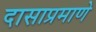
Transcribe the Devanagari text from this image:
दासाप्रमाणे